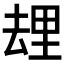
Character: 𰆯